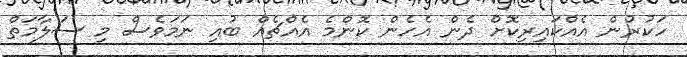
ހަކުރުން އެއްކައިރިކޮށް ދެން އެހެން ކޮންމެ އެއްޗެއް ބުއި ނަމަވެސް މި ސަލާމަތް